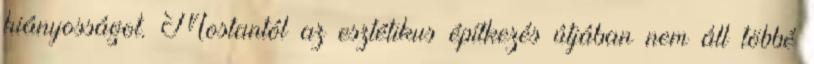
hiányosságot. Mostantól az esztétikus építkezés útjában nem áll többé